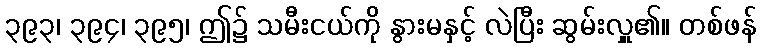
၃၉၃၊ ၃၉၄၊ ၃၉၅၊ ဤ၌ သမီးငယ်ကို နွားမနှင့် လဲပြီး ဆွမ်းလှူ၏။ တစ်ဖန်